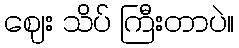
ဈေး သိပ် ကြီးတာပဲ။